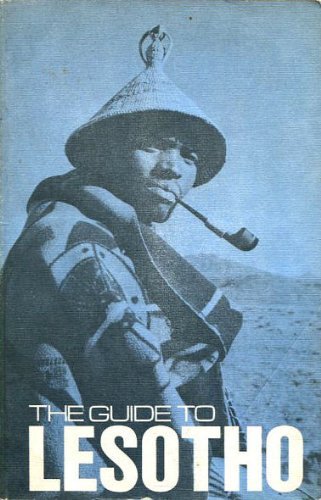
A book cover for The Guide to Lesotho; David Ambrose; Travel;